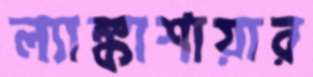
ল্যাঙ্কাশায়ার